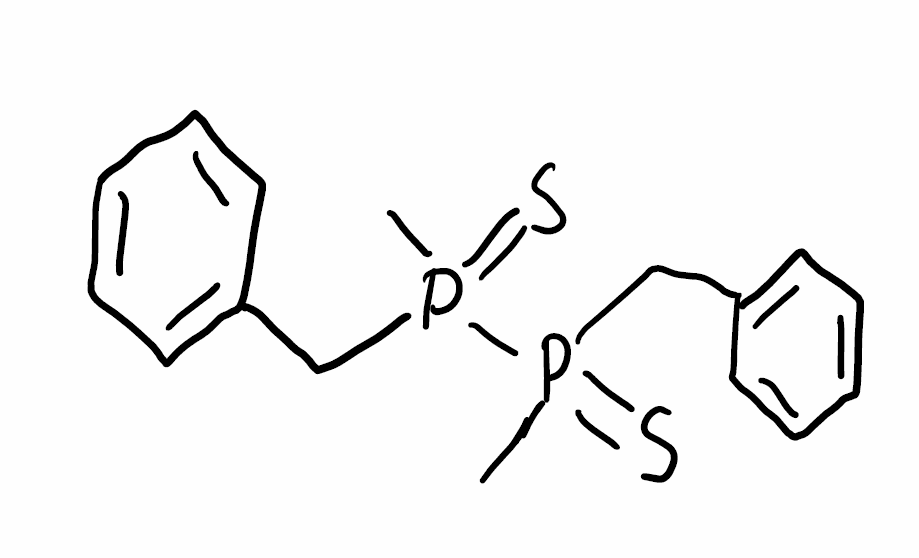
Simplified molecular-input line-entry system (SMILES) notation of the given molecule:
CP(=S)(CC1=CC=CC=C1)P(=S)(C)CC2=CC=CC=C2